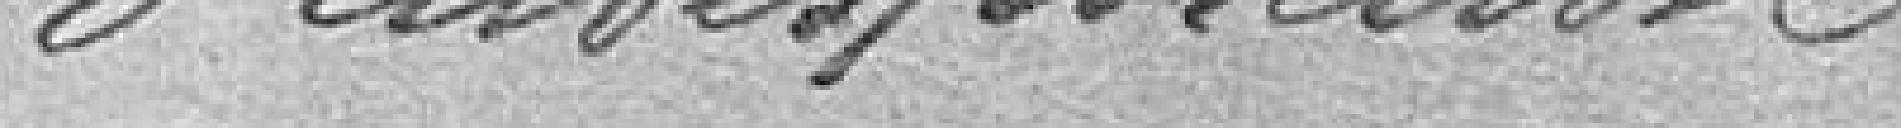
d'indisposition.